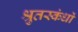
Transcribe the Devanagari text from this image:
श्रुतस्कंधों